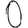
Digit: 0